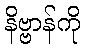
နိဗ္ဗာန်ကို